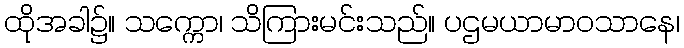
ထိုအခါ၌။ သက္ကော၊ သိကြားမင်းသည်။ ပဌမယာမာဝသာနေ၊